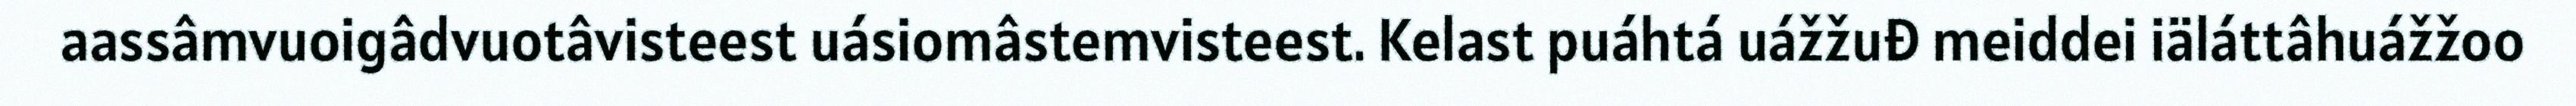
aassâmvuoigâdvuotâvisteest uásiomâstemvisteest. Kelast puáhtá uážžuđ meiddei iäláttâhuážžoo